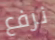
نرفع